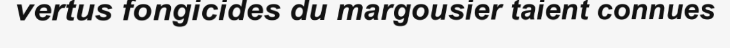
vertus fongicides du margousier taient connues